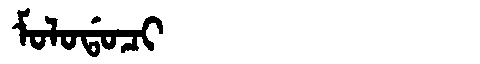
Manchu: ᠮᠣᠯᠣᡩᠣᠴᡳ
Romanization: MOLODOCI